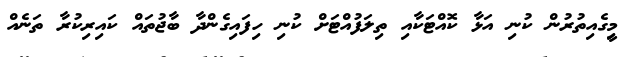
މިީގެއިތުރުން ކުނި އަޅާ ކޮއްޓަކާއި ތިލަފުއްޓަށް ކުނި ހިފައިގެންދާ ބާޖުތައް ކައިރިކުރާ ތަނެއް